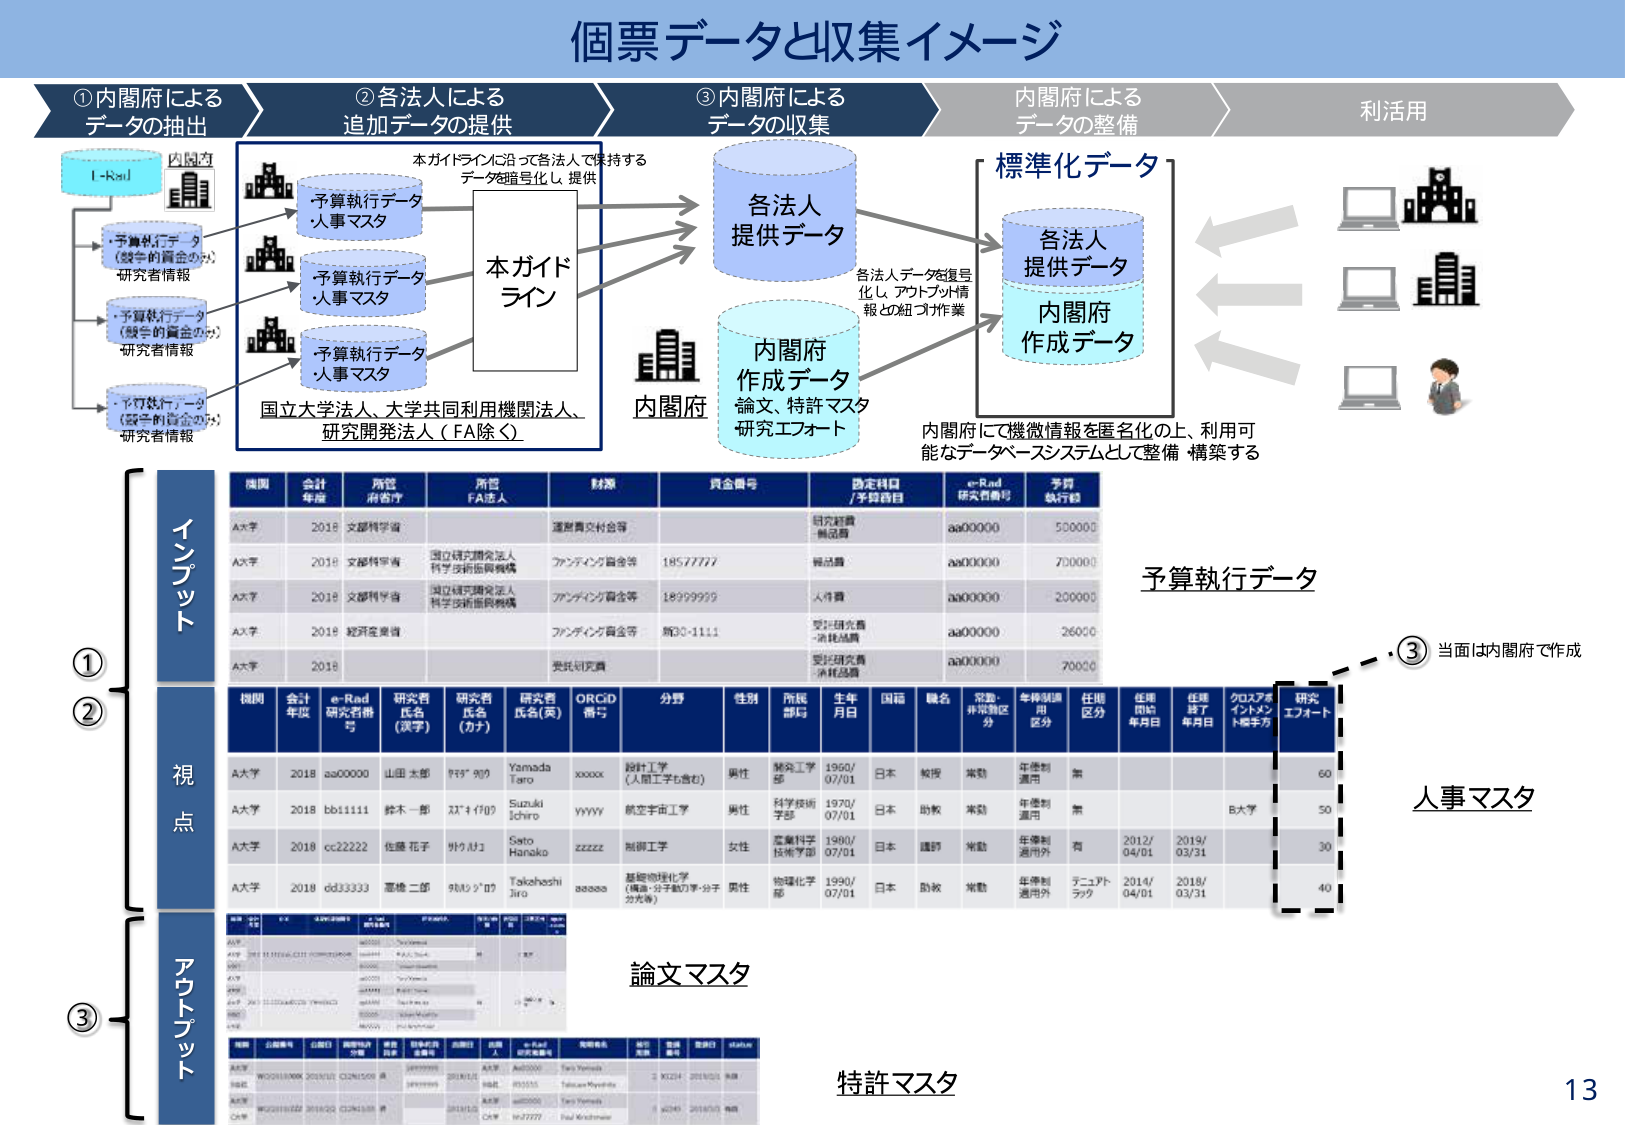
個票データと収集イメージ

①内閣府によるデータの抽出
②各法人による追加データの提供
③内閣府によるデータの収集
内閣府によるデータの整備
利活用

I-Rad
内閣府

・予算執行データ（競争的資金のみ）研究者情報
・予算執行データ（競争的資金のみ）研究者情報
・予算執行データ（競争的資金のみ）研究者情報

本ガイドラインに沿って各法人で保持するデータを匿名化し、提供

予算執行データ
人事マスタ
予算執行データ
人事マスタ
予算執行データ
人事マスタ

本ガイドライン

国立大学法人、大学共同利用機関法人、研究開発法人（FA除く）

各法人提供データ

内閣府作成データ
論文、特許マスタ
研究エフォート

各法人データを匿名化し、アットプト情報との紐づけ作業

標準化データ

各法人提供データ
内閣府作成データ

内閣府にて機微情報を匿名化の上、利用可能なデータベースシステムとして整備・構築する

機関 会計年度 所管府省庁 所管FA法人 財源 資金番号 決定科目/予算科目 e-Rad研究者番号 予算執行額

A大学 2018 文部科学省 運営費交付金等 研究経費無償品目 aa00000 500000
A大学 2018 文部科学省 国立研究開発法人科学技術振興機構 ファンディング資金等 18577777 総括費 aa000000 700000
A大学 2018 文部科学省 国立研究開発法人科学技術振興機構 アンディング資金等 18999999 人件費 aa000000 200000
A大学 2018 経済産業省 ファンディング資金等 病30-1111 受託研究費・消耗品費 aa000000 26000
A大学 2018 委託研究費 受託研究費・消耗品費 aa000000 70000

予算執行データ

③ 当面は内閣府で作成

機関 会計年度 e-Rad研究者番号 研究者氏名（漢字） 研究者氏名（カナ） 研究者氏名（英） ORCID番号 分野 性別 所属部局 生年月日 国籍 職名 常勤・非常勤区分 年俸制適用区分 任期区分 任期開始年月日 任期終了年月日 クロスアポイントメント授予方 研究エフォート

A大学 2018 aa00000 山田 太郎 ヤマダ タロウ Yamada Taro xxxxx 設計工学（人間工学も含む） 男性 情報工学部 1960/07/01 日本 教授 常勤 年俸制適用 無 60
A大学 2018 bb11111 鈴木 一郎 スズキ イチロウ Suzuki Ichiro yyyy 航空宇宙工学 男性 科学技術学部 1970/07/01 日本 助教 常勤 年俸制適用 無 B大学 50
A大学 2018 cc22222 佐藤 花子 サトウ カズコ Sato Hanako zzzzz 制御工学 女性 産業科学技術学部 1980/07/01 日本 講師 常勤 年俸制適用外 有 2012/04/01 2019/03/31 30
A大学 2018 dd33333 高橋 二郎 タカハシ ジロウ Takahashi Jiro aaaaa 基礎物理化学（構造・分子動力学・分子光等） 男性 物理化学部 1990/07/01 日本 助教 常勤 年俸制適用外 テニュアトラック 2014/04/01 2018/03/31 40

人事マスタ

論文マスタ

特許マスタ

①
②
③

視点
トップダウン
アワトダウン

13